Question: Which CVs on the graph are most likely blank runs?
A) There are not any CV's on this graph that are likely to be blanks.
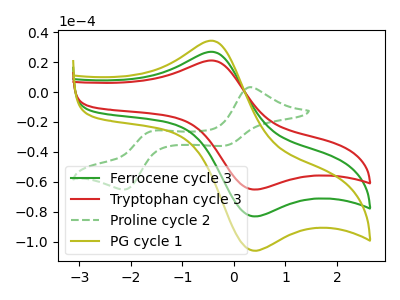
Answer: <think>The green curve "Ferrocene cycle 3" has an anodic peak at (-0.45V, 26.90uA) and a cathodic peak at (0.30V, -82.65uA). The red curve "Tryptophan cycle 3" has an anodic peak at (-0.45V, 21.10uA) and a cathodic peak at (0.30V, -64.80uA). The green dashed curve "Proline cycle 2" has anodic peaks at (0.30V, 3.30uA) (-1.55V, -25.90uA) and cathodic peaks at (-0.20V, -35.90uA) (-2.15V, -65.15uA). The olive curve "PG cycle 1" has an anodic peak at (-0.45V, 53.85uA) and a cathodic peak at (0.30V, -165.30uA).</think>
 <answer>A) There are not any CV's on this graph that are likely to be blanks.</answer>
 <eval>A</eval>